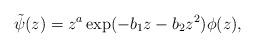
LaTeX: \begin{align*} \tilde{\psi}(z) = z^a \exp(-b_1z - b_2z^2) \phi(z),\end{align*}